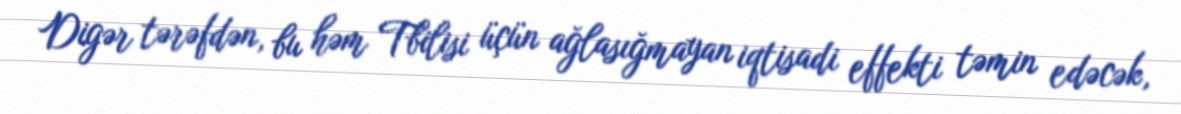
Digər tərəfdən, bu həm Tbilisi üçün ağlasığmayan iqtisadi effekti təmin edəcək,